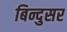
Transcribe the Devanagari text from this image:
बिन्दुसर